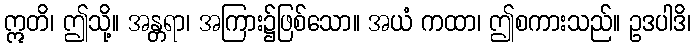
ဣတိ၊ ဤသို့။ အန္တရာ၊ အကြား၌ဖြစ်သော။ အယံ ကထာ၊ ဤစကားသည်။ ဥဒပါဒိ၊